Report on sanitation, dispensaries, and jails in Rajputana for 1920, and on vaccination for the year 1920-1921 - 1920-1921
Year: 1920
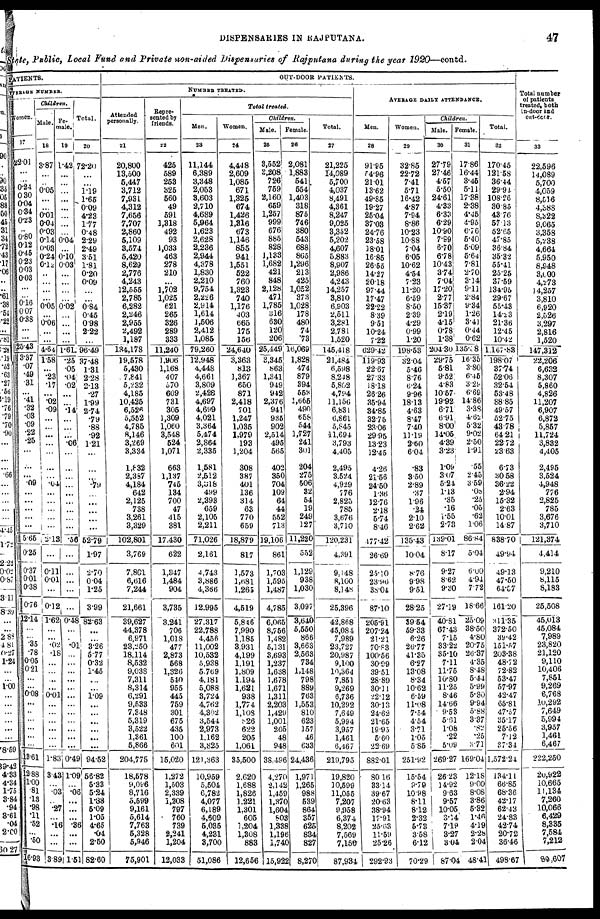
DISPENSARIES IN RAJPUTANA.
47
State, Public, Local Fund and Private non-aided Dispensaries of Rajputana during the year 1920—contd.
PATIENTS.
AVERAGE NUMBER.
Women.
17
22.01
...
...
0.24
0.30
0.04
0.34
0.23
...
0.80
0.12
0.45
0.23
0.03
0.03
...
...
0.16
0.07
0.33
...
...
25.43
3.37
.07
.49
.31
...
.41
.32
.03
.09
.22
.25
...
...
...
.09
...
...
...
...
...
5.65
0.25
0.37
0.01
0.38
0.76
12.14
...
...
.35
.78
0.05
0.21
...
...
0.08
...
...
...
...
...
...
13.61
12.88
1.00
.81
.13
.98
.11
.52
...
.50
16.93
Children.
Male.
18
3.87
...
...
0.05
...
...
0.01
0.04
0.03
0.14
0.03
0.24
0.12
...
...
...
...
0.05
...
0.06
...
...
4.64
1.58
...
.23
.17
...
.02
.09
...
...
...
...
...
...
...
.04
...
...
...
...
...
2.13
...
0.11
0.01
...
0.12
1.62
...
...
.02
.18
...
...
..
...
0.01
...
...
...
...
...
...
1.83
3.43
...
.03
...
.27
...
.16
...
...
3.89
Fe-
male.
19
1.42
...
...
...
...
...
...
...
...
0.04
...
0.10
0.03
...
...
...
...
0.02
...
...
...
...
1.61
.25
.05
.04
.02
...
...
.14
...
...
...
.06
...
...
...
...
...
...
...
...
...
.56
...
...
...
...
...
0.48
...
...
.01
...
...
...
...
..
...
...
...
...
...
...
...
0.49
1.09
...
.06
...
...
...
.36
...
...
1.51
Total.
20
72.20
...
...
1.19
1.65
0.09
4.23
1.77
0.48
2.29
2.49
3.51
1.81
0.20
0.09
...
...
0.84
0.45
0.98
2.22
...
96.49
37.48
1.31
2.28
2.13
.27
1.99
2.74
.79
.88
.92
1.21
...
...
...
.79
...
...
...
...
...
52.79
1.97
2.70
0.04
1.25
3.99
82.63
...
...
3.26
5.77
0.32
1.45
...
...
1.09
...
...
...
...
...
...
94.52
56.82
5.33
5.24
1.38
5.09
1.05
4.65
.04
2.50
82.60
OUT-DOOR PATIENTS.
NUMBER TREATED.
Attended
personally.
21
20,800
13,500
5,447
3,712
7,931
4,312
7,656
7,707
2,860
5,109
3,574
5,420
8,629
2,776
4,243
12,555
2,786
6,282
2,246
2,955
2,492
1,187
134,178
19,578
5,430
7,841
5,232
4,185
10,425
6,526
5,552
4,785
8,146
3,269
3,334
1,832
2,387
4,184
642
2,125
738
3,261
3,329
102,801
3,769
7.801
6,616
7,244
21,661
39,627
44,378
6,971
23,250
18,114
8,532
9,038
7,311
8,314
6,291
9,533
7,348
5,319
3,522
1,361
5,866
204,775
18,578
9,096
8,716
5,599
9,161
5,614
7,763
5,328
5,946
75,901
Repre-
sented by
friends.
22
425
589
253
325
560
49
591
1,318
492
93
1,033
463
278
210
...
1,702
1,025
621
265
326
289
333
11,240
1,906
1,168
407
570
609
731
305
1,309
1,060
3,548
524
1,071
663
1,137
745
134
700
47
415
381
17,430
622
1,347
1,484
904
3,735
3,241
706
1,018
477
2,873
568
1,326
540
955
445
759
301
675
435
100
601
15,020
1,272
1,503
2,339
1,208
797
760
739
2,241
1,204
12,033
Total treated.
Men.
23
11,144
6,389
3,348
2,053
3,603
2,710
4,689
5,964
1,623
2,628
2,236
2,944
4,378
1,830
2,210
9,754
2,226
2,914
1,614
1,506
2,412
1,085
79,260
12,948
4,448
4,661
3,809
2,428
4,697
4,699
4,021
3,364
5,474
2,864
2,335
1,581
2,512
3,318
499
2,393
659
2,105
2,211
71,026
2,161
4,743
3,886
4,366
12,995
27,317
22,788
4,456
11,002
10,532
5,938
5,769
4,181
5,088
3,724
4,762
4,302
3,544
2,973
1,162
3,825
121,363
10,959
5,504
6,782
4,077
6,189
4,609
5,035
4,231
3,700
51,086
Women.
24
4,448
2,609
1,085
671
1,325
674
1,426
1,316
673
1,146
855
941
1,551
522
760
1,323
740
1,176
403
665
175
156
24,640
3,363
813
1,367
650
871
2,418
701
1,247
1,035
1,979
193
1,204
308
387
401
136
314
63
770
659
18,879
817
1,573
1,681
1,265
4,519
5,846
7,990
1,185
3,931
4,199
1,191
1,809
1,194
1,621
938
1,774
1,108
826
622
205
1,061
35,500
2,620
1,688
1,826
1,221
1,301
605
1,204
1,308
883
12,656
Children.
Male.
25
3,552
3,208
726
759
2,160
659
1,257
999
676
885
828
1,133
1,682
421
848
2,128
471
1,785
316
630
120
206
25,449
2,345
863
1,341
949
942
2,376
941
935
902
2,514
495
565
402
350
704
109
64
44
552
713
19,106
861
1,703
1,595
1,487
4,785
6,065
8,756
1,482
5,131
3,693
1,237
1,638
1,678
1,671
1,311
2,203
1,429
1,001
205
48
948
38.496
4,270
2,142
1,459
1,370
1,604
803
1,338
1,196
1,740
15,922
Female.
26
2,081
1,883
541
554
1,403
318
875
746
380
543
688
865
1,296
213
425
1,052
373
1,028
178
480
74
73
16,069
1,828
474
879
394
553
1,665
490
658
544
1,727
241
301
204
275
506
32
54
19
249
127
11,220
552
1,129
938
1,030
3,097
3,640
5,550
866
3,663
2,563
734
1,148
798
889
763
1,553
810
623
157
46
633
24,436
1,971
1,265
988
539
864
357
625
834
827
8,270
Total.
27
21,225
14,089
5,700
4,037
8,491
4,361
8,247
9,025
3,352
5,202
4,607
5,883
8,907
2,986
4,243
14,257
3,810
6,903
2,511
3,281
2,781
1,520
145,418
21,484
6,598
8,248
5,802
4,794
11,156
6,831
6,861
5,845
11,694
3,793
4,405
2,495
3,524
4,929
776
2,825
785
3,676
3,710
120,231
4,391
9,148
8,100
8,148
25,396
42,868
45,084
7,989
23,727
20,987
9,100
10,364
7,851
9,269
6,736
10,292
7,649
5,994
3,957
1,461
6,467
219,795
19,820
10,599
11,055
7,207
9,958
6,374
8,202
7,569
7,150
87,934
AVERAGE DAILY ATTENDANCE.
Men.
28
91.95
54.96
21.01
13.62
49.85
19.27
25.04
37.03
24.76
23.58
18.01
16.85
26.55
14.27
20.18
97.44
17.47
22.22
8.39
9.51
10.24
7.22
629.42
119.93
22.97
27.33
18.18
26.26
35.94
34.85
32.75
23.06
29.95
13.23
12.45
4.26
21.56
24.50
1.36
12.76
2.18
5.74
8.46
477.42
26.69
25.10
23.96
38.04
87.10
205.91
207.24
21.21
70.83
100.56
30.99
39.51
28.89
30.11
22.12
30.13
24.62
21.65
19.95
5.60
22.69
882.01
80.16
33.14
39.67
20.63
38.94
17.91
25.63
11.59
25.26
292.93
Women.
20
32.85
22.72
7.41
5.71
16.42
4.87
7.94
8.86
10.23
10.88
7.04
6.05
10.62
4.54
7.23
11.20
6.59
8.50
2.39
4.29
0.99
1.20
198.53
32.04
5.46
8.76
6.24
9.96
18.13
4.63
8.47
7.40
11.19
2.60
6.04
.83
3.50
2.89
.37
1.96
.24
2.10
2.62
135.43
10.04
8.76
9.98
9.51
28.25
39.54
59.33
6.26
26.77
41.35
6.27
13.08
8.34
10.62
6.59
11.08
7.54
4.54
3.71
1.05
5.85
251.92
15.54
9.79
10.98
8.11
8.12
2.32
5.73
3.58
6.12
70.29
Children.
Male.
30
27.79
27.46
4.57
5.50
24.61
4.33
6.33
6.29
10.90
7.99
6.70
6.78
10.43
3.74
7.04
17.20
2.77
15.37
2.19
4.15
0.78
1.38
204.30
29.75
5.81
9.52
4.83
10.57
19.92
6.71
6.91
8.00
14.05
4.39
3.23
1.09
3.07
5.24
1.13
.35
.16
1.55
2.73
139.01
8.17
9.27
8.62
9.30
27.19
40.81
67.43
7.15
33.22
35.10
7.11
11.75
10.80
11.25
8.46
14.66
9.53
5.61
1.08
.22
5.09
269.27
26.23
14.92
9.63
9.57
10.05
3.34
7.19
3.27
3.04
87.04
Female.
31
17.86
16.44
3.45
5.11
17.38
2.38
4.45
4.95
6.76
5.40
5.09
5.64
7.81
2.70
3.14
9.11
2.84
9.34
1.26
3.41
0.44
0.62
135.38
16.35
3.80
6.05
3.29
6.69
14.86
3.38
4.62
5.32
9.02
2.50
1.91
.55
2.45
3.59
.08
.25
.05
.62
1.06
86.84
5.04
6.00
4.94
7.72
18.66
25.09
38.50
4.80
20.75
26.37
4.35
8.48
5.44
5.99
5.30
9.94
5.88
3.37
.
82
.25
3.71
169.04
12.18
9.00
8.08
3.86
5.32
1.46
4.19
2.28
2.04
48.41
Total.
32
170.45
121.58
36.44
29.91
108.26
30.85
43.76
57.13
52.65
47.85
36.84
35.32
55.41
25.25
37.59
134.95
29.67
55.43
14.23
21.36
12.46
10.42
1,167.83
198.07
37.74
52.06
32.54
53.48
88.85
49.57
52.75
43.78
64.21
22.72
23.63
6.73
30.58
36.22
2.94
15.32
2.63
10.01
14.87
838.70
49.94
49.13
47.50
64.57
161.20
311.35
372.50
39.42
151.57
203.38
48.72
72.82
53.47
57.97
42.47
65.81
47.57
35.17
25.56
7.12
37.34
1,572.24
134.11
66.85
68.36
42.17
62.43
24.83
42.74
20.72
36.46
498.67
Total number
of patients
treated, both
In-door and
out-door.
33
22,596
14,089
5,700
4,059
8,516
4,388
8,322
9,065
3,358
5,238
4,664
5,950
8,948
3,000
4,273
14,257
3,810
6,920
2,526
3,297
2,816
1,520
147,312
22,206
6,632
8,307
5,860
4,826
11,207
6,907
6,872
5,857
11,724
3,832
4,405
2,495
3,524
4,948
776
2,825
785
3,676
3,710
121,374
4,414
9,210
8,115
8,183
26,508
45,013
45,084
7,989
23,820
21,120
9,110
10,406
7,851
9,269
6,768
10,292
7,649
5,994
3,957
1,461
6,467
222,250
20,922
10,665
11,134
7,260
10,066
6,429
8,335
7,584
7,212
89,607